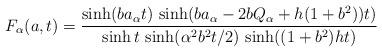
\begin{align*}F_{\alpha }(a,t)=\frac{\sinh (ba_{\alpha }t)\,\sinh (ba_{\alpha }-2bQ_{\alpha}+h(1+b^{2}))t)}{\sinh t\,\sinh (\alpha ^{2}b^{2}t/2)\,\sinh ((1+b^{2})ht)}\end{align*}